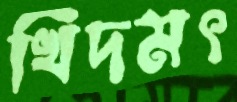
খিদমৎ